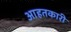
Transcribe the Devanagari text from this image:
आहतकारी